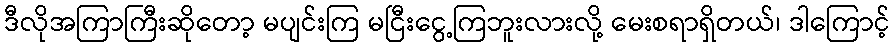
ဒီလိုအကြာကြီးဆိုတော့ မပျင်းကြ မငြီးငွေ့ကြဘူးလားလို့ မေးစရာရှိတယ်၊ ဒါကြောင့်